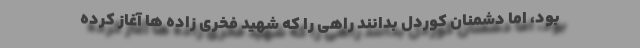
بود، اما دشمنان کوردل بدانند راهی را که شهید فخری زاده ها آغاز کرده